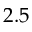
2 . 5